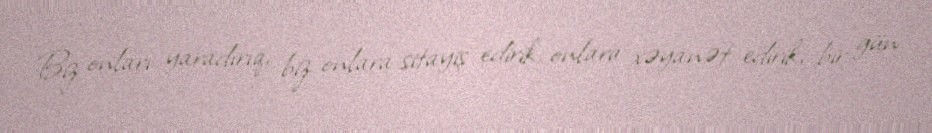
Biz onları yaradırıq, biz onlara sitayiş edirik, onlara xəyanət edirik, bir gün